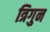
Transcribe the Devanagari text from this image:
त्रिगुन